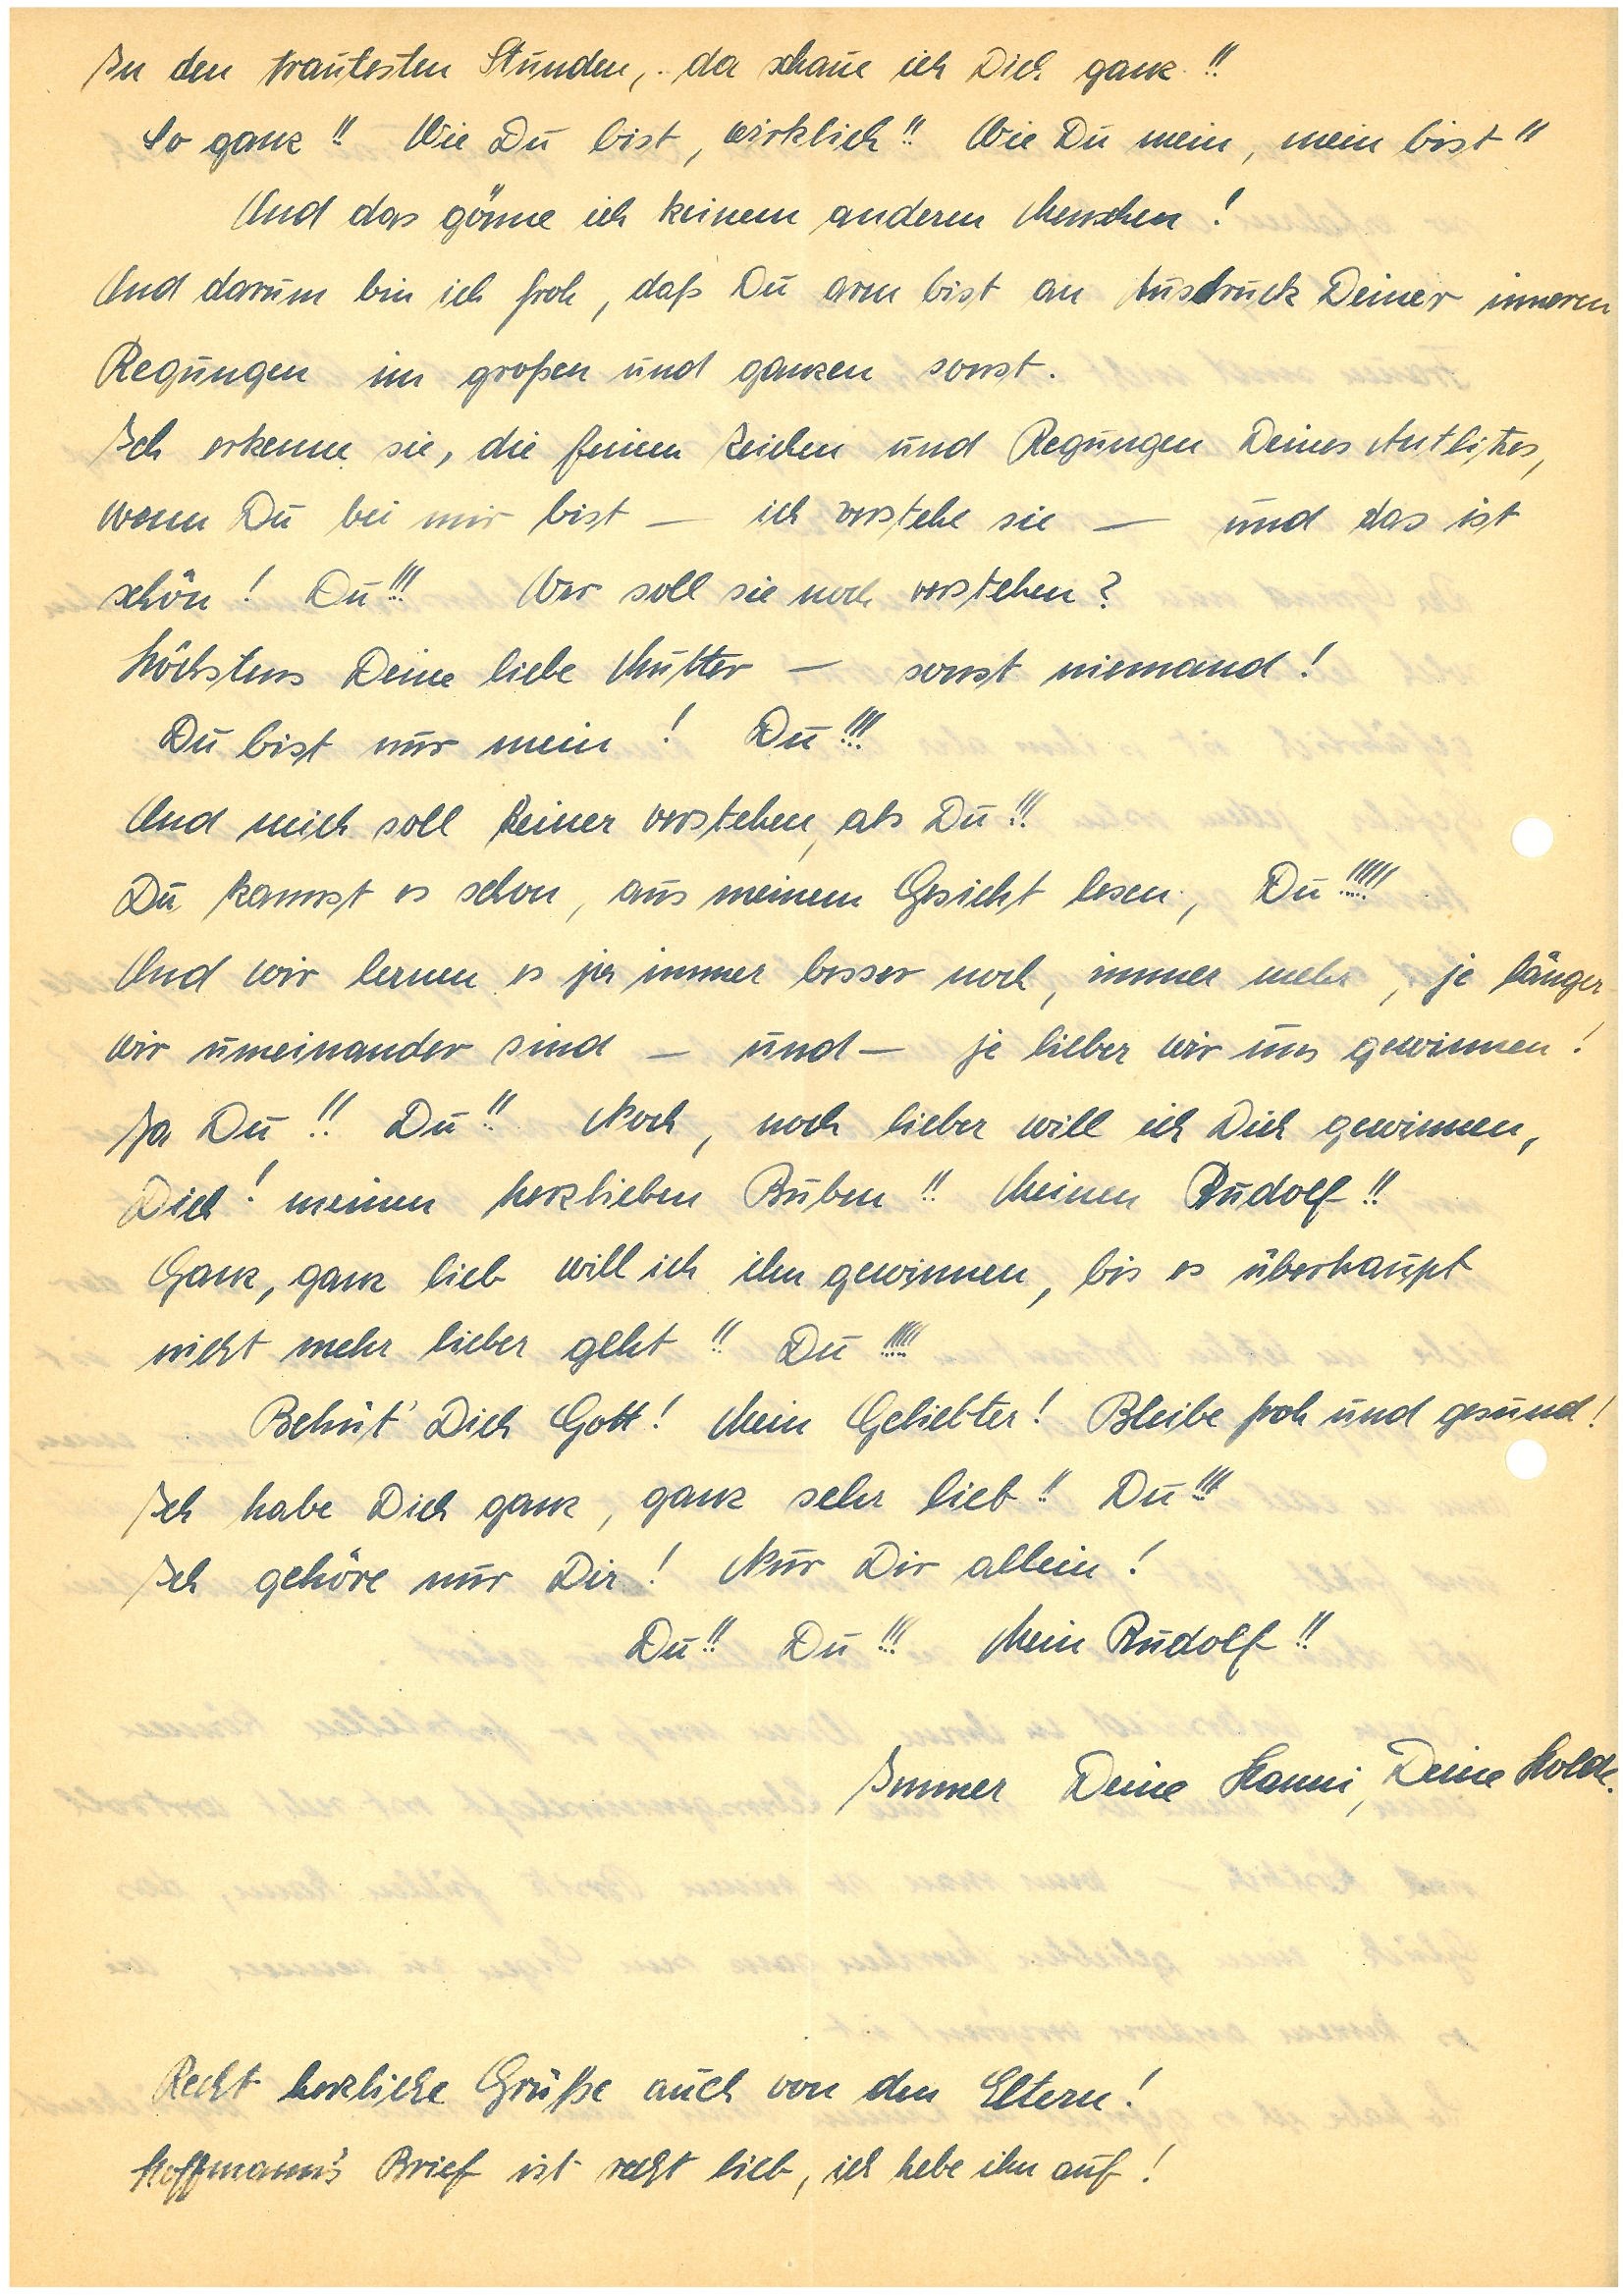
In den trautesten Stunden, da schaue ich Dich ganz!!
So ganz!! Wie Du bist, wirklich!! Wie Du mein, mein bist!!
Und das gönne ich keinem anderen Menschen!!
Und darum bin ich froh, daß Du arm bist an Ausdruck Deiner inneren
Regungen im großen und ganzen sonst.
Ich erkenne sie, die feinen Zeichen und Regungen Deines Antlitzes,
wenn Du bei mir bist — ich verstehe sie — und das ist
schön! Du!!! Wer soll sie noch verstehen?
Höchstens Deine liebe Mutter – sonst niemand!
Du bist nur mein! Du!!!
Und mich soll keiner verstehen, als Du!!!
Du kannst es schon, aus meinem Gesicht lesen, Du!!!!!
Und wir lernen es ja immer besser noch, immer mehr, je länger
wir umeinander sind – und – je lieber wir uns gewinnen!
Ja Du!! Du!! Noch, noch lieber will ich Dich gewinnen,
Dich! meinen herzlieben Buben!! Meinen !!
Ganz, ganz lieb will ich ihn gewinnen, bis es überhaupt
nicht mehr lieber geht!! Du!!!!!
Behüt’ Dich Gott! Mein Geliebter! Bleibe froh und gesund!
Ich habe Dich ganz, ganz sehr lieb!! Du!!!
Ich gehöre nur Dir! Nur Dir allein!!
Du!! Du!!! Mein !!
Immer Deine , Deine Holde.
Recht herzliche Grüße auch von den Eltern!
H.’s Brief ist recht lieb, ich hebe ihn auf!